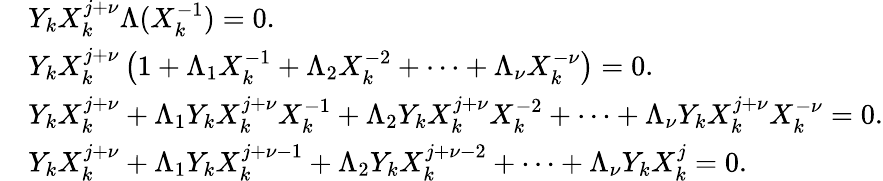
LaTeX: {\begin{array}{rl}&{Y_{k}X_{k}^{j+\nu}\Lambda(X_{k}^{-1})=0.}\\ &{Y_{k}X_{k}^{j+\nu}\left(1+\Lambda_{1}X_{k}^{-1}+\Lambda_{2}X_{k}^{-2}+\cdots+\Lambda_{\nu}X_{k}^{-\nu}\right)=0.}\\ &{Y_{k}X_{k}^{j+\nu}+\Lambda_{1}Y_{k}X_{k}^{j+\nu}X_{k}^{-1}+\Lambda_{2}Y_{k}X_{k}^{j+\nu}X_{k}^{-2}+\cdots+\Lambda_{\nu}Y_{k}X_{k}^{j+\nu}X_{k}^{-\nu}=0.}\\ &{Y_{k}X_{k}^{j+\nu}+\Lambda_{1}Y_{k}X_{k}^{j+\nu-1}+\Lambda_{2}Y_{k}X_{k}^{j+\nu-2}+\cdots+\Lambda_{\nu}Y_{k}X_{k}^{j}=0.}\end{array}}